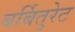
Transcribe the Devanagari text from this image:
बर्बितुरेट